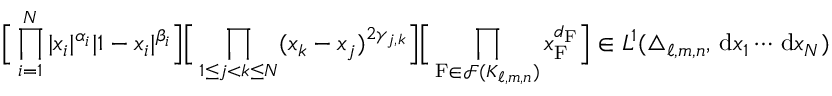
\Big [ \prod _ { i = 1 } ^ { N } | x _ { i } | ^ { \alpha _ { i } } | 1 - x _ { i } | ^ { \beta _ { i } } \Big ] \Big [ \prod _ { 1 \leq j < k \leq N } ( x _ { k } - x _ { j } ) ^ { 2 \gamma _ { j , k } } \Big ] \Big [ \prod _ { \mathrm { F } \in \mathcal { F } ( K _ { \ell , m , n } ) } x _ { \mathrm { F } } ^ { d _ { \mathrm { F } } } \Big ] \in L ^ { 1 } ( \triangle _ { \ell , m , n } , \, \mathrm { d } x _ { 1 } \cdots \, \mathrm { d } x _ { N } )